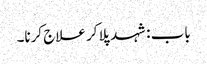
باب : شہد پلا کر علاج کرنا۔